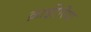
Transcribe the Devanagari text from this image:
क्राईटेरिया